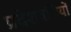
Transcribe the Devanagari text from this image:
प्रदेशवसियों